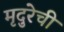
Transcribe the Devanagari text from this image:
मृदुरेची